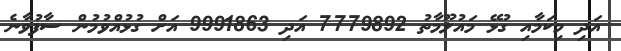
އަދި މިކަމާއި ގުޅޭ މައުލޫމާތު 7779892 އަދި 9991863 އަށް ގުޅުއްވުމުން ސާފުވާނެ